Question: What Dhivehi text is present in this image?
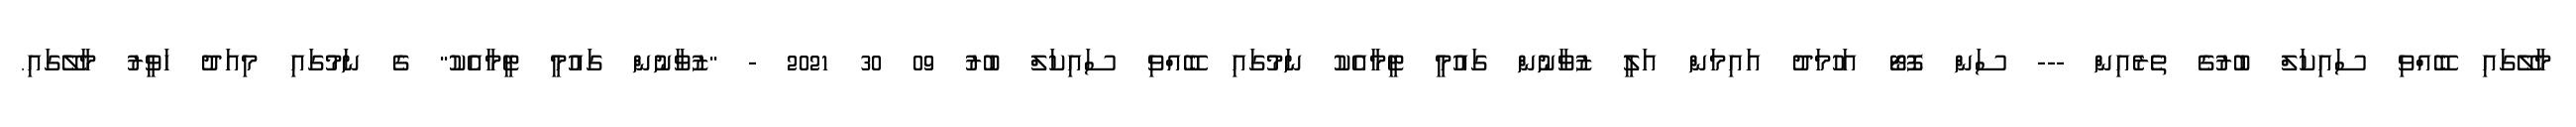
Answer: މާލޭގައި ބޭއްވި ސައިކަލް ބުރުގެ ތެރެއިން --- ސަން ފޮޓޯ އަހުމަދު އައިމަން އަލީ ޒުވާނުން ގައުމީ ޓީމާއެކު ނަމުގައި ބޭއްވި ސައިކަލް ބުރު 09 30 2021 - "ޒުވާނުން ގައުމީ ޓީމާއެކު" ގެ ނަމުގައި މިއަދު ހަވީރު މާލޭގައި.